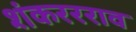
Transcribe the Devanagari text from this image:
शंकररराव